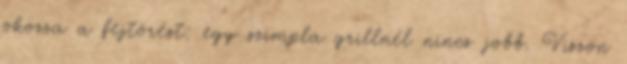
okozza a fejtörést: egy szimpla grillnél nincs jobb. Viszon